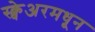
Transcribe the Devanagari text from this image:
स्क्वेअरमधून